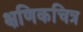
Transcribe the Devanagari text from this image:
क्षणिकचित्र